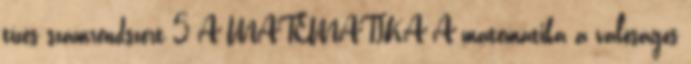
tízes számrendszert 5 A MATEMATIKA A matematika a valóságos